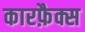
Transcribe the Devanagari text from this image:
कारफ़ैक्स